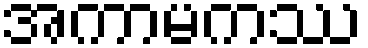
အကာမကဿ